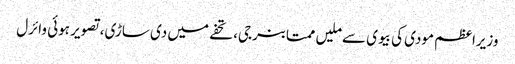
وزیراعظم مودی کی بیوی سے ملیں ممتا بنرجی، تحفے میں دی ساڑی، تصویر ہوئی وائرل